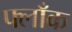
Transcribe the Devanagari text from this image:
फ्लाँक